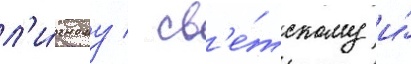
л'и́чному / св'е́тскому и́